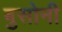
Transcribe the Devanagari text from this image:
बुसोनी